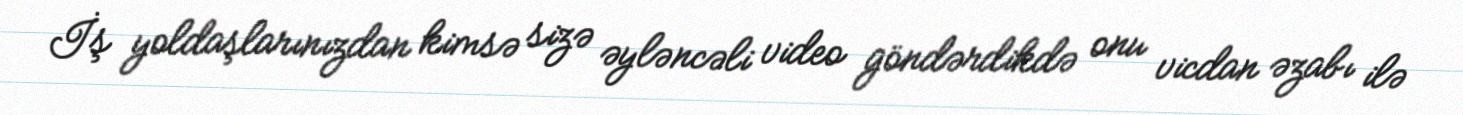
İş yoldaşlarınızdan kimsə sizə əyləncəli video göndərdikdə onu vicdan əzabı ilə